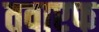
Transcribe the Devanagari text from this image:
तवाएफ